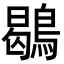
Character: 鶡